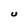
Character: U